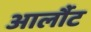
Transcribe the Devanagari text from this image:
आर्लौट